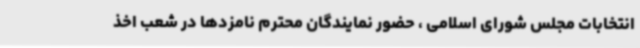
انتخابات مجلس شورای اسلامی ، حضور نمایندگان محترم نامزدها در شعب اخذ